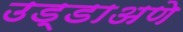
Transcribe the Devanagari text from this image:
उड्डाअणे